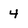
Character: 4